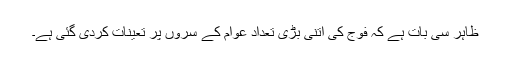
ظاہر سی بات ہے کہ فوج کی اتنی بڑی تعداد عوام کے سروں پر تعینات کردی گئی ہے۔